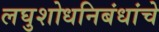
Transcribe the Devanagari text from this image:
लघुशोधनिबंधांचे